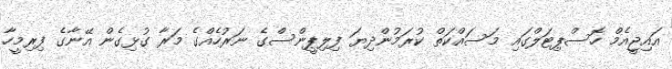
އައިޖީއެމް ހޮސްޕިޓަލްގައި މަސައްކަތް ކުރަމުންދިޔަ ފިލިޕީންސްގެ ނަރުހެއްގެ މަރާ ގުޅިގެން އޭނާގެ ފިރިމީހާ